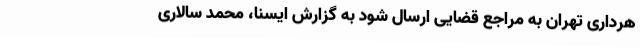
هرداری تهران به مراجع قضایی ارسال شود به گزارش ایسنا، محمد سالاری